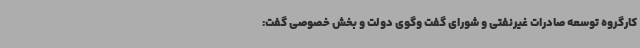
کارگروه توسعه صادرات غیرنفتی و شورای گفت وگوی دولت و بخش خصوصی گفت: